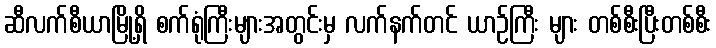
ဆီလက်စီယာမြို့ရှိ စက်ရုံကြီးများအတွင်းမှ လက်နက်တင် ယာဉ်ကြီး များ တစ်စီးပြီးတစ်စီး